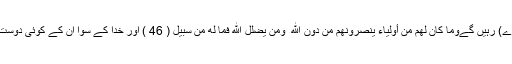
دیکھو کہ بےانصاف لوگ ہمیشہ کے دکھ میں (پڑے) رہیں گےوَمَا كَانَ لَهُم مِّنْ أَوْلِيَاءَ يَنصُرُونَهُم مِّن دُونِ اللَّهِ ۗ وَمَن يُضْلِلِ اللَّهُ فَمَا لَهُ مِن سَبِيلٍ ( 46 ) اور خدا کے سوا ان کے کوئی دوست نہ ہوں گے کہ خدا کے سوا ان کو مدد دے سکیں۔